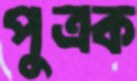
পুত্রক